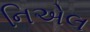
નિએલ